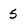
Character: 5